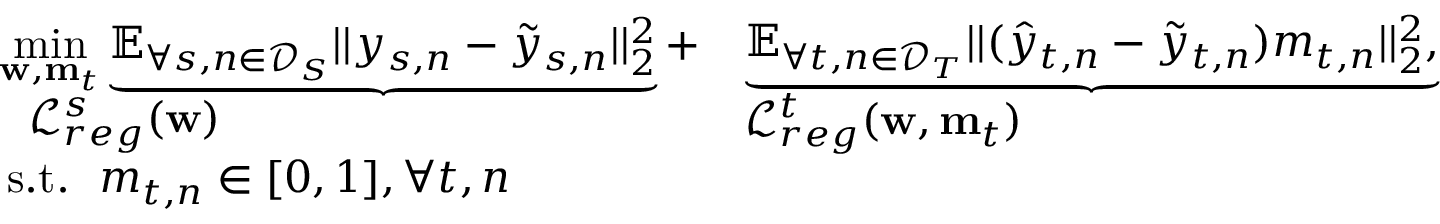
\begin{array} { r l } & { \begin{array} { l } { \underset { \mathbf { w } , \mathbf { m } _ { t } } { \mathop { \operatorname* { m i n } } } \underbrace { { \mathbb { E } } _ { \forall s , n \in \mathcal { D } _ { S } } | | y _ { s , n } - \tilde { y } _ { s , n } | | _ { 2 } ^ { 2 } } + } \\ { ~ ~ { \mathcal { L } _ { r e g } ^ { s } ( \mathbf { w } ) } } \end{array} \begin{array} { l } { \underbrace { { \mathbb { E } } _ { \forall t , n \in \mathcal { D } _ { T } } | | ( \hat { y } _ { t , n } - \tilde { y } _ { t , n } ) m _ { t , n } | | _ { 2 } ^ { 2 } , } } \\ { { \mathcal { L } _ { r e g } ^ { t } ( \mathbf { w } , \mathbf { m } _ { t } ) } } \end{array} } \\ & { ~ ~ \mathrm { s . t . } ~ ~ m _ { t , n } \in [ 0 , 1 ] , \forall t , n } \end{array}